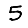
Digit: 5